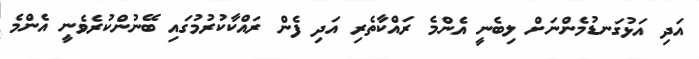
އަދި އަޅުގަނޑުމެންނަށް ލިބެނީ އެންމެ ރައްކާތެރި އަދި ފެން ރައްކާކުރުމުގައި ބޭނުންކުރެވެނީ އެންމެ